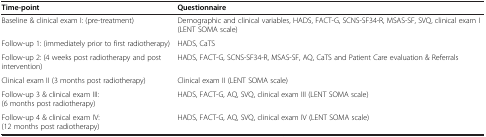
<table><thead><tr><td><b>Time-point</b></td><td><b>Questionnaire</b></td></tr></thead><tbody><tr><td>Baseline &amp; clinical exam I: (pre-treatment)</td><td>Demographic and clinical variables, HADS, FACT-G, SCNS-SF34-R, MSAS-SF, SVQ, clinical exam I (LENT SOMA scale)</td></tr><tr><td>Follow-up 1: (immediately prior to first radiotherapy)</td><td>HADS, CaTS</td></tr><tr><td>Follow-up 2: (4 weeks post radiotherapy and post intervention)</td><td>HADS, FACT-G, SCNS-SF34-R, MSAS-SF, AQ, CaTS and Patient Care evaluation &amp; Referrals</td></tr><tr><td>Clinical exam II (3 months post radiotherapy)</td><td>Clinical exam II (LENT SOMA scale)</td></tr><tr><td>Follow-up 3 &amp; clinical exam III: (6 months post radiotherapy)</td><td>HADS, FACT-G, AQ, SVQ, clinical exam III (LENT SOMA scale)</td></tr><tr><td>Follow-up 4 &amp; clinical exam IV: (12 months post radiotherapy)</td><td>HADS, FACT-G, AQ, SVQ, clinical exam IV (LENT SOMA scale)</td></tr></tbody></table>